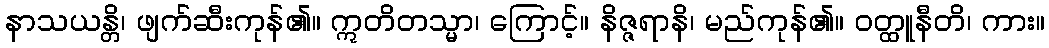
နာသယန္တိ၊ ဖျက်ဆီးကုန်၏။ ဣတိတသ္မာ၊ ကြောင့်။ နိဇ္ဇရာနိ၊ မည်ကုန်၏။ ဝတ္ထူနီတိ၊ ကား။